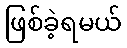
ဖြစ်ခဲ့ရမယ်